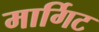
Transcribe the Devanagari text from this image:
मार्गिट